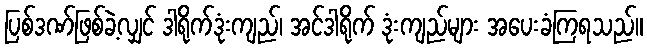
ပြစ်ဒဏ်ဖြစ်ခဲ့လျှင် ဒါရိုက်ဒုံးကျည်၊ အင်ဒါရိုက် ဒုံးကျည်များ အပေးခံကြရသည်။